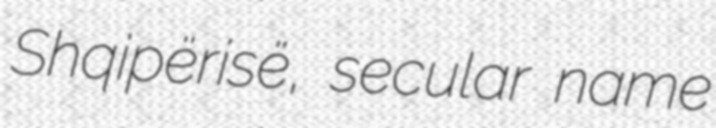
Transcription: Shqipërisë, secular name